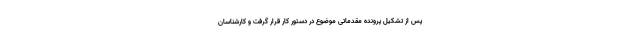
پس از تشکیل پرونده مقدماتی موضوع در دستور کار قرار گرفت و کارشناسان